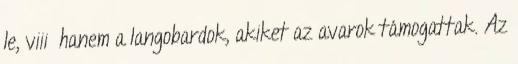
le, viii hanem a langobardok, akiket az avarok támogattak. Az